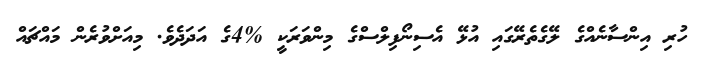
ހުރި އިންސާނެއްގެ ލޭގެތެރޭގައި އުޅޭ އެސިނޯފިލްސްގެ މިންވަރަކީ %4ގެ އަދަދެވެ. މިއަށްވުރެން މައްޗައް